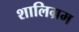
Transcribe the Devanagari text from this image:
शालिग्रम